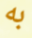
به